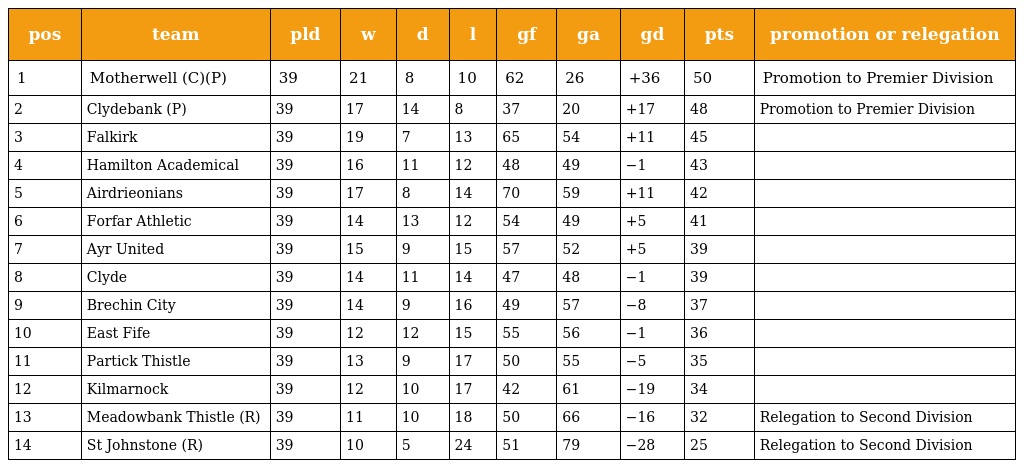
| pos | team | pld | w | d | l | gf | ga | gd | pts | promotion or relegation |
 | --- | --- | --- | --- | --- | --- | --- | --- | --- | --- | --- |
 | 1 | Motherwell (C)(P) | 39 | 21 | 8 | 10 | 62 | 26 | +36 | 50 | Promotion to Premier Division |
 | 2 | Clydebank (P) | 39 | 17 | 14 | 8 | 37 | 20 | +17 | 48 | Promotion to Premier Division |
 | 3 | Falkirk | 39 | 19 | 7 | 13 | 65 | 54 | +11 | 45 |  |
 | 4 | Hamilton Academical | 39 | 16 | 11 | 12 | 48 | 49 | −1 | 43 |  |
 | 5 | Airdrieonians | 39 | 17 | 8 | 14 | 70 | 59 | +11 | 42 |  |
 | 6 | Forfar Athletic | 39 | 14 | 13 | 12 | 54 | 49 | +5 | 41 |  |
 | 7 | Ayr United | 39 | 15 | 9 | 15 | 57 | 52 | +5 | 39 |  |
 | 8 | Clyde | 39 | 14 | 11 | 14 | 47 | 48 | −1 | 39 |  |
 | 9 | Brechin City | 39 | 14 | 9 | 16 | 49 | 57 | −8 | 37 |  |
 | 10 | East Fife | 39 | 12 | 12 | 15 | 55 | 56 | −1 | 36 |  |
 | 11 | Partick Thistle | 39 | 13 | 9 | 17 | 50 | 55 | −5 | 35 |  |
 | 12 | Kilmarnock | 39 | 12 | 10 | 17 | 42 | 61 | −19 | 34 |  |
 | 13 | Meadowbank Thistle (R) | 39 | 11 | 10 | 18 | 50 | 66 | −16 | 32 | Relegation to Second Division |
 | 14 | St Johnstone (R) | 39 | 10 | 5 | 24 | 51 | 79 | −28 | 25 | Relegation to Second Division |